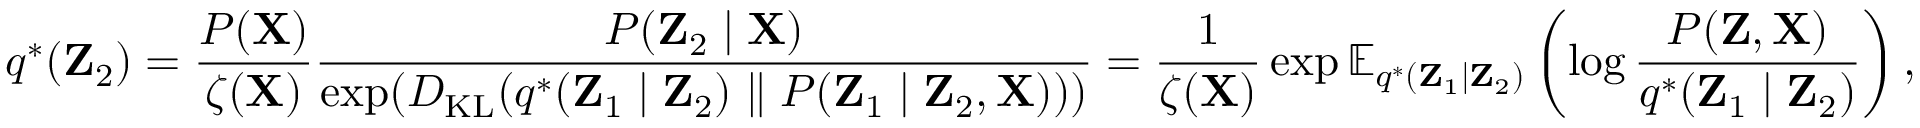
q ^ { * } ( \mathbf { Z } _ { 2 } ) = { \frac { P ( \mathbf { X } ) } { \zeta ( \mathbf { X } ) } } { \frac { P ( \mathbf { Z } _ { 2 } \mid \mathbf { X } ) } { \exp ( D _ { \mathrm { K L } } ( q ^ { * } ( \mathbf { Z } _ { 1 } \mid \mathbf { Z } _ { 2 } ) \parallel P ( \mathbf { Z } _ { 1 } \mid \mathbf { Z } _ { 2 } , \mathbf { X } ) ) ) } } = { \frac { 1 } { \zeta ( \mathbf { X } ) } } \exp \mathbb { E } _ { q ^ { * } ( \mathbf { Z } _ { 1 } \mid \mathbf { Z } _ { 2 } ) } \left( \log { \frac { P ( \mathbf { Z } , \mathbf { X } ) } { q ^ { * } ( \mathbf { Z } _ { 1 } \mid \mathbf { Z } _ { 2 } ) } } \right) ,